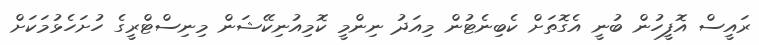
ރައީސް އޮފީހުން ބުނީ އެގޮތަށް ކެބިނެޓުން މިއަދު ނިންމީ ކޮމިއުނިކޭޝަން މިނިސްޓްރީގެ ހުށަހެޅުމަކަށް